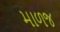
માળજ